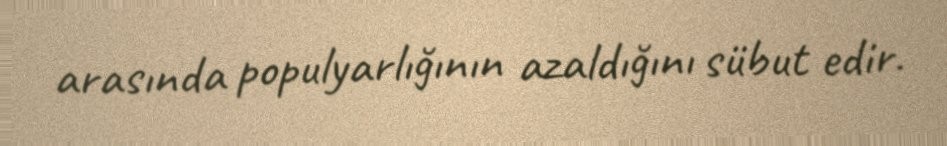
arasında populyarlığının azaldığını sübut edir.